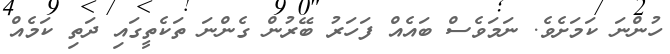
ހުންނަ ކަމަށެވެ. ނަމަވެސް ބައެއް ފަހަރު ބޭރުން ގެންނަ ތަކެތީގައި ދަތި ކަމެއް